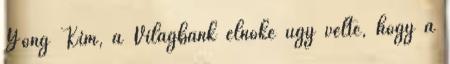
Yong Kim, a Világbank elnöke úgy vélte, hogy a